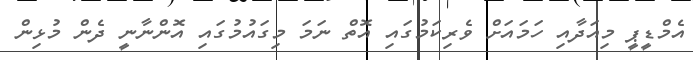
އެމްޑީޕީ މިއަދާއި ހަމައަށް ވެރިކަމުގައި އޮތް ނަމަ މިގައުމުގައި އޮންނާނީ ދެން މުޅިން